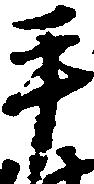
手